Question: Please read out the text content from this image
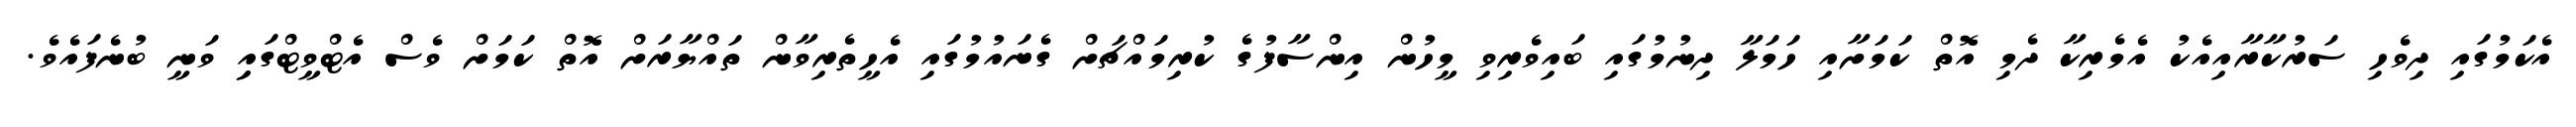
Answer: އެކަމުގައި ދިވެހި ސަރުކާރާއިއެކު އެމެރިކާ ދެމި އޮތް ކަމަށާއި ހަމަލާ ދިނުމުގައި ބައިވެރިވި މީހުން އިންސާފުގެ ކުރިމައްޗަށް ގެނައުމުގައި އެހީތެރިވާން ތައްޔާރަށް އޮތް ކަމަށް ވެސް އެޓްވީޓްގައިި ވަނީ ބުނެފައެވެ.